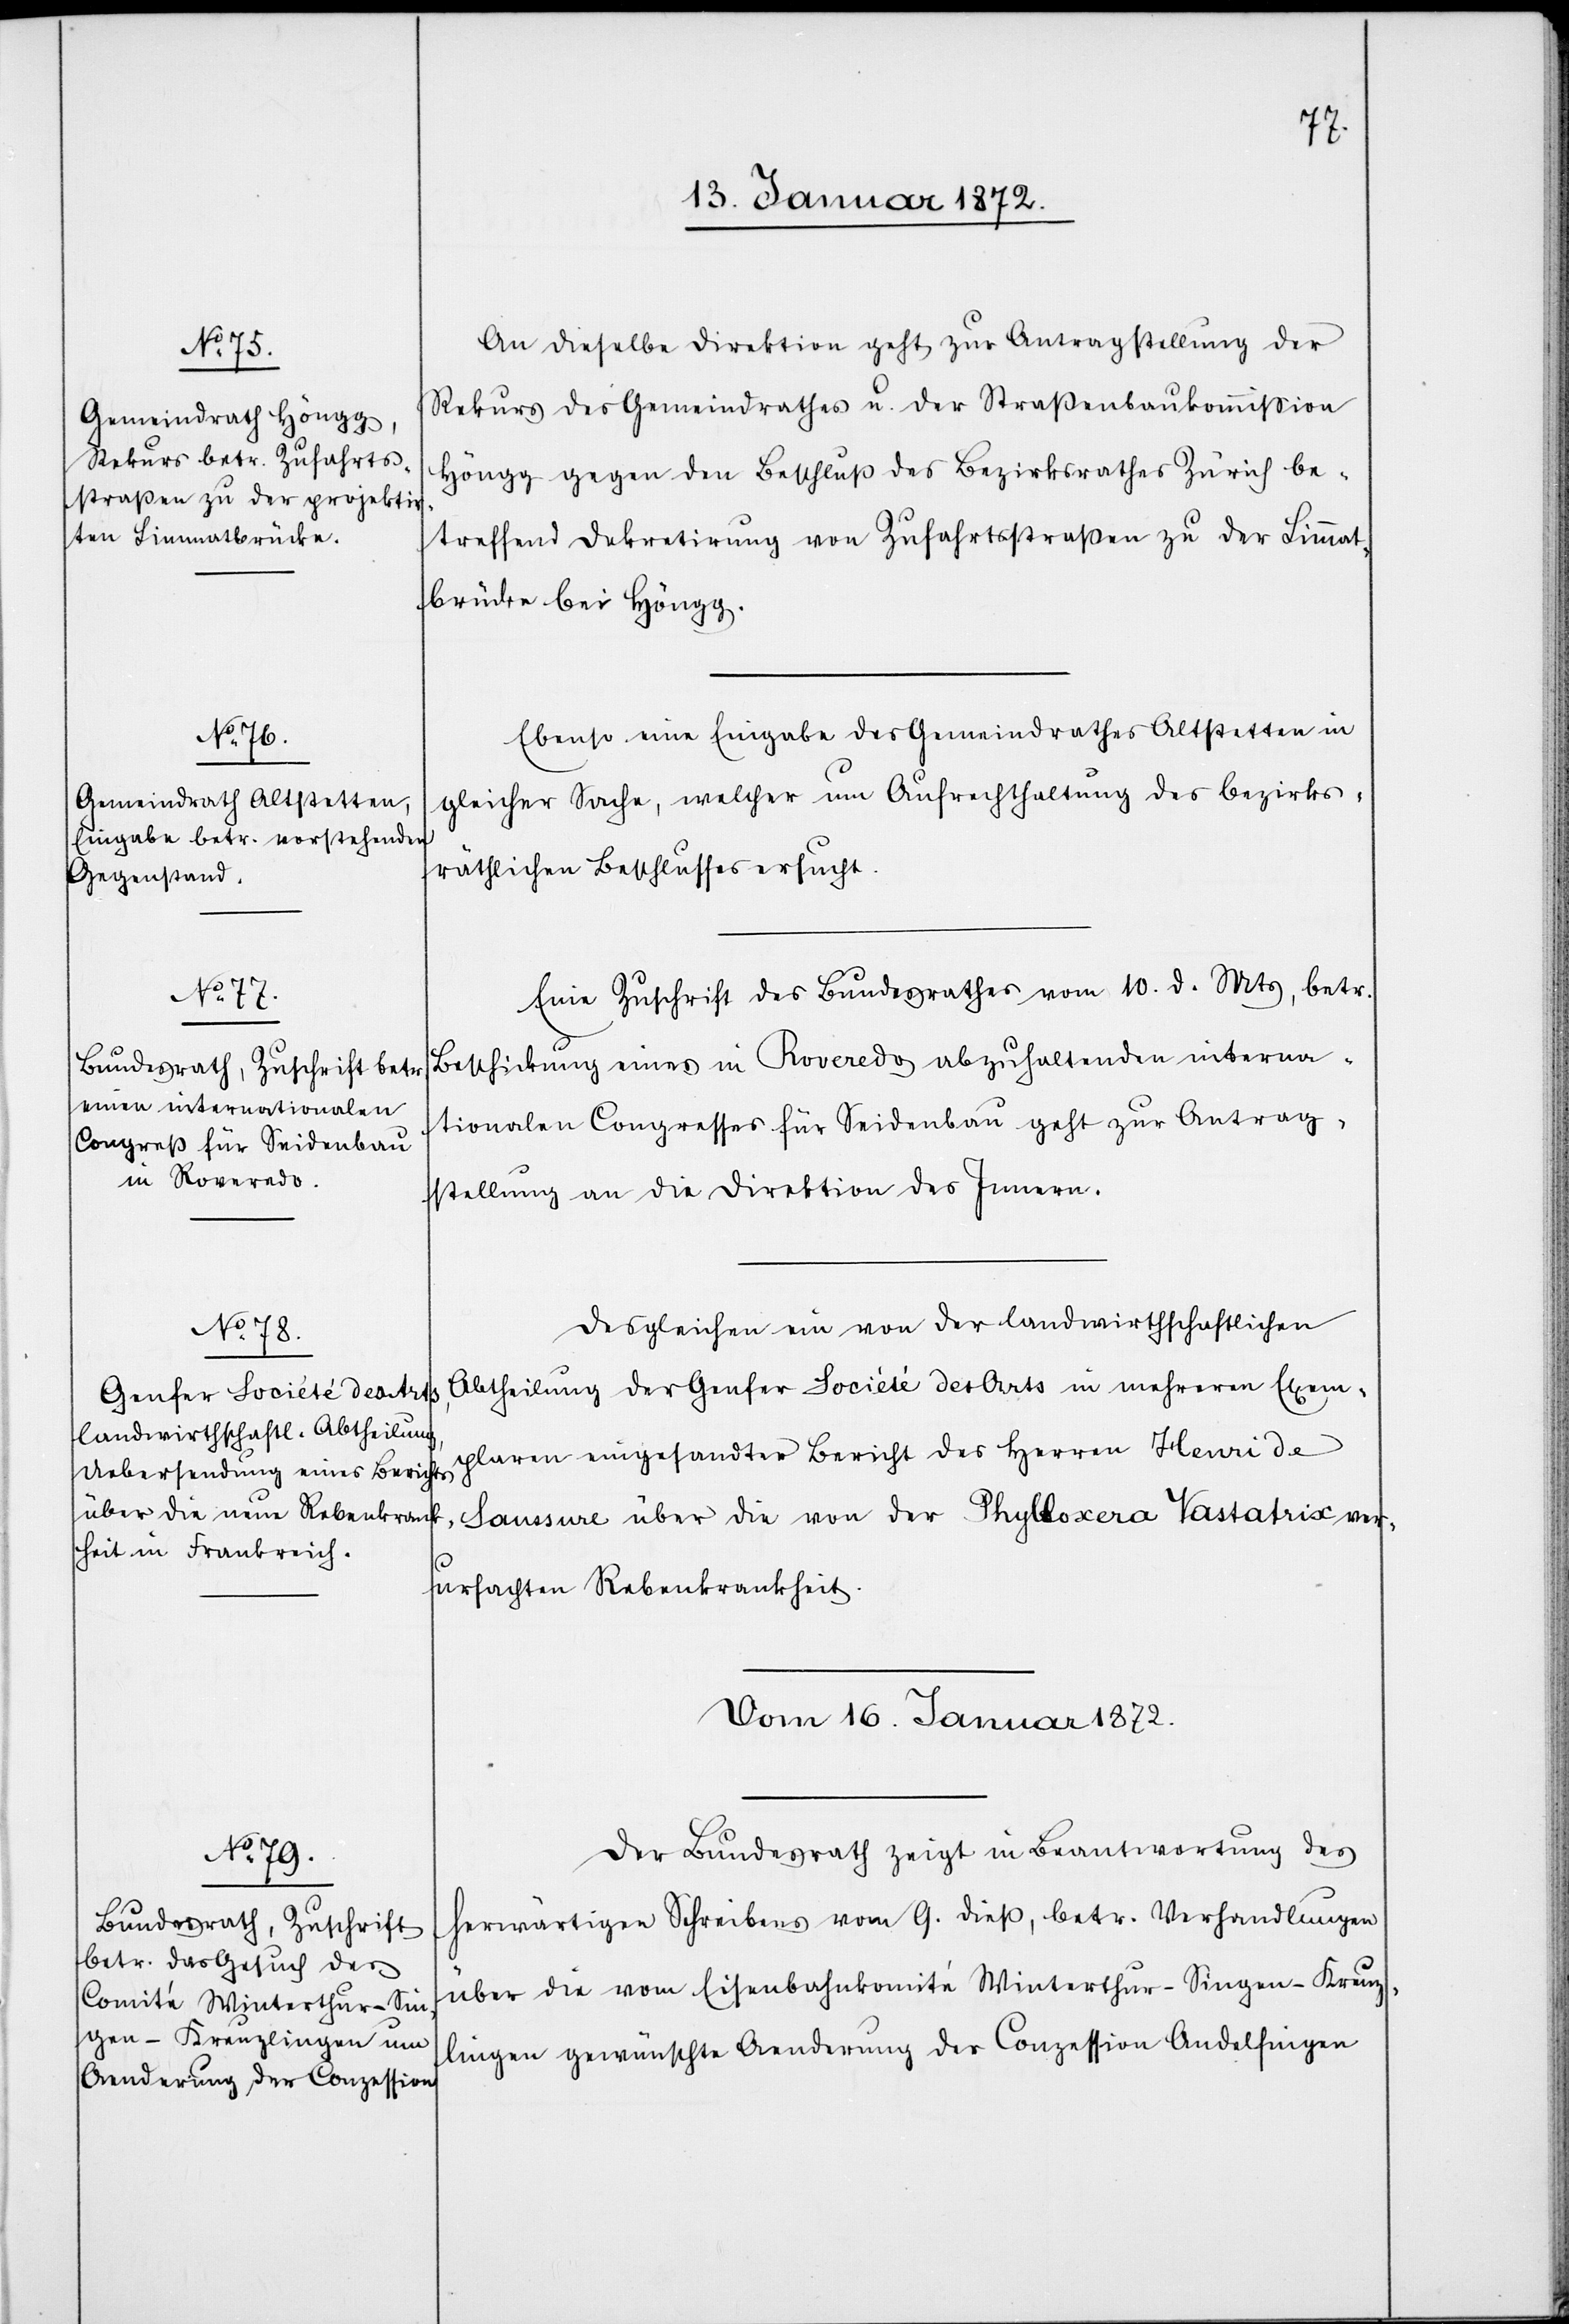
An dieselbe Direktion geht zur Antragstellung der
Rekurs des Gemeindrathes u. der Straßenbaukommission
Höngg gegen den Beschluß des Bezirksrathes Zürich be¬
treffend Dekretirung von Zufahrtsstraßen zu der Limmat¬
brücke bei Höngg.
Ebenso eine Eingabe des Gemeindrathes Altstetten in
gleicher Sache, welcher um Aufrechthaltung des bezirks¬
räthlichen Beschlusses ersucht.
Eine Zuschrift des Bundesrathes vom 10. d. Mts, betr.
Beschickung eines in Roveredo abzuhaltenden interna¬
tionalen Congresses für Seidenbau geht zur Antrag¬
stellung an die Direktion des Innern.
Desgleichen ein von der landwirthschaftlichen
Abtheilung der Genfer Société des Arts in mehreren Exem¬
plaren eingesandter Bericht des Herren Henri de
Saussure über die von der Phylloxera Vastatrix ver¬
ursachten Rebenkrankheit.
Vom 16. Januar 1872.
Der Bundesrath zeigt in Beantwortung des
herwärtigen Schreibens vom 9. dieß, betr. Verhandlungen
über die vom Eisenbahnkomité Winterthur–Singen–Kreuz¬
lingen gewünschte Aenderung der Conzession Andelfingen